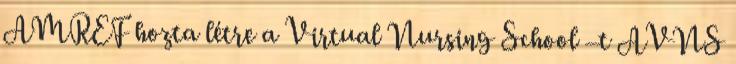
AMREF hozta létre a Virtual Nursing School –t AVNS